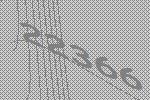
22366